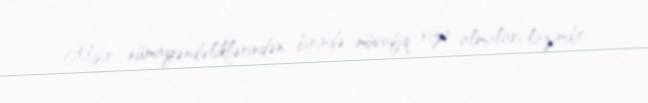
Misir nümayəndəliklərindən birində müvafiq viza almaları lazımdır.